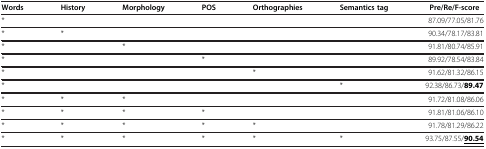
<table><thead><tr><td><b>Words</b></td><td><b>History</b></td><td><b>Morphology</b></td><td><b>POS</b></td><td><b>Orthographies</b></td><td><b>Semantics tag</b></td><td><b>Pre/Re/F-score</b></td></tr></thead><tbody><tr><td>*</td><td> </td><td> </td><td> </td><td> </td><td> </td><td>87.09/77.05/81.76</td></tr><tr><td>*</td><td>*</td><td> </td><td> </td><td> </td><td> </td><td>90.34/78.17/83.81</td></tr><tr><td>*</td><td> </td><td>*</td><td> </td><td> </td><td> </td><td>91.81/80.74/85.91</td></tr><tr><td>*</td><td> </td><td> </td><td>*</td><td> </td><td> </td><td>89.92/78.54/83.84</td></tr><tr><td>*</td><td> </td><td> </td><td> </td><td>*</td><td> </td><td>91.62/81.32/86.15</td></tr><tr><td>*</td><td> </td><td> </td><td> </td><td> </td><td>*</td><td>92.38/86.73/<b>89.47</b></td></tr><tr><td>*</td><td>*</td><td>*</td><td> </td><td> </td><td> </td><td>91.72/81.08/86.06</td></tr><tr><td>*</td><td>*</td><td>*</td><td>*</td><td> </td><td> </td><td>91.81/81.06/86.10</td></tr><tr><td>*</td><td>*</td><td>*</td><td>*</td><td>*</td><td> </td><td>91.78/81.29/86.22</td></tr><tr><td>*</td><td>*</td><td>*</td><td>*</td><td>*</td><td>*</td><td>93.75/87.55/<b><underline>90.54</underline></b></td></tr></tbody></table>